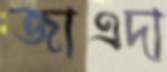
জাএদা